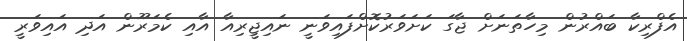
އެފްރިކާ ބައްރުން މިހާތަނަށް ޖާގަ ކަށަވަރުކޮށްފައިވަނީ ނައިޖީރިއާ އާއި ކެމަރޫން އަދި އައިވަރީ